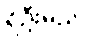
ရှိဦးမည်